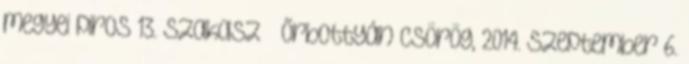
megyei piros 13. szakasz – Őrbottyán–Csörög, 2014. szeptember 6.